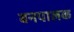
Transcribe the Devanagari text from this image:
बनपालक